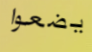
يضعوا